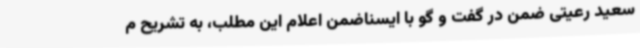
سعید رعیتی ضمن در گفت و گو با ایسناضمن اعلام این مطلب، به تشریح م